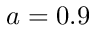
a = 0 . 9